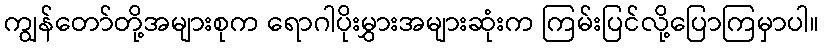
ကျွန်တော်တို့အများစုက ရောဂါပိုးမွှားအများဆုံးက ကြမ်းပြင်လို့ပြောကြမှာပါ။